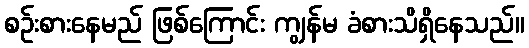
စဉ်းစားနေမည် ဖြစ်ကြောင်း ကျွန်မ ခံစားသိရှိနေသည်။